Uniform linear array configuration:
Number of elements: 64
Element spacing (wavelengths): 0.75
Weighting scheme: cosine
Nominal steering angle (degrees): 60
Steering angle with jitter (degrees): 59.459
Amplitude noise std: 0.05
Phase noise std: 0.05

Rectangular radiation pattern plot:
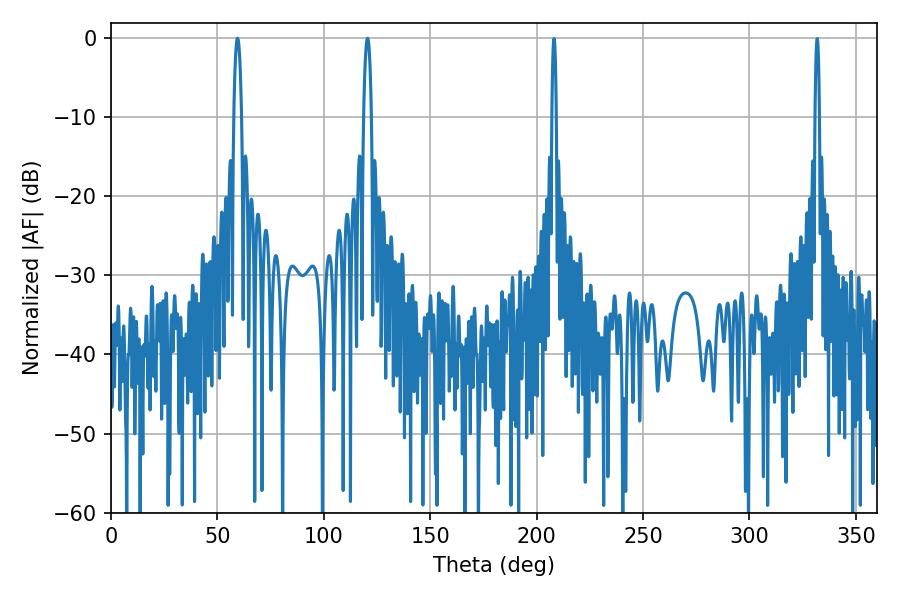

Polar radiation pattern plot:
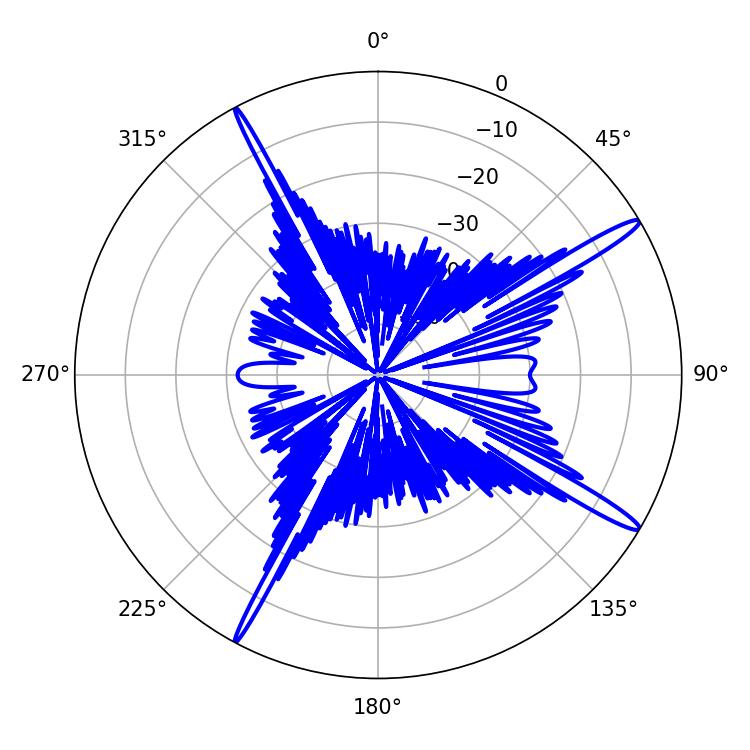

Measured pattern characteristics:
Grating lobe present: TRUE
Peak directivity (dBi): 16.129
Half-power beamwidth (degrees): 1.98
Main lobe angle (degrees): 59.4